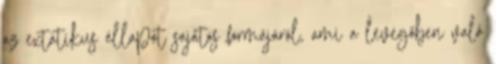
az extatikus állapot sajátos formájáról, ami a levegőben való